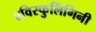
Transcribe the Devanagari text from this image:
४विस्फुलिंगिनी